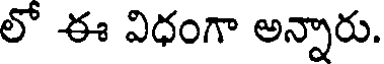
లో ఈ విధంగా అన్నారు.